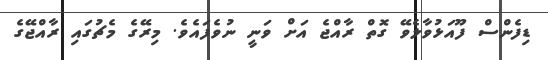
ޑިފެންސް ފޫއަޅުވާލެވޭ ގޮތް ރާއްޖެ އަށް ވަނީ ނުވެފައެވެ. މިރޭގެ މެޗުގައި ރާއްޖޭގެ